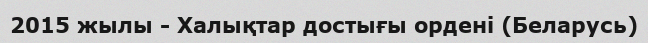
2015 жылы - Халықтар достығы ордені (Беларусь)